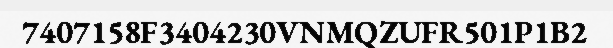
7407158F3404230VNMQZUFR501P1B2